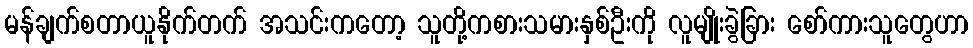
မန်ချက်စတာယူနိုက်တက် အသင်းကတော့ သူတို့ကစားသမားနှစ်ဦးကို လူမျိုးခွဲခြား စော်ကားသူတွေဟာ